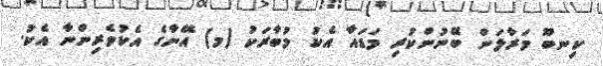
ކިނބޫ މަރާލަން ބޭނުންކުރި މަޑައާ އެކު މުބާރަކު (މ) އޭނާގެ އެކުވެރިންނާ އެކު.